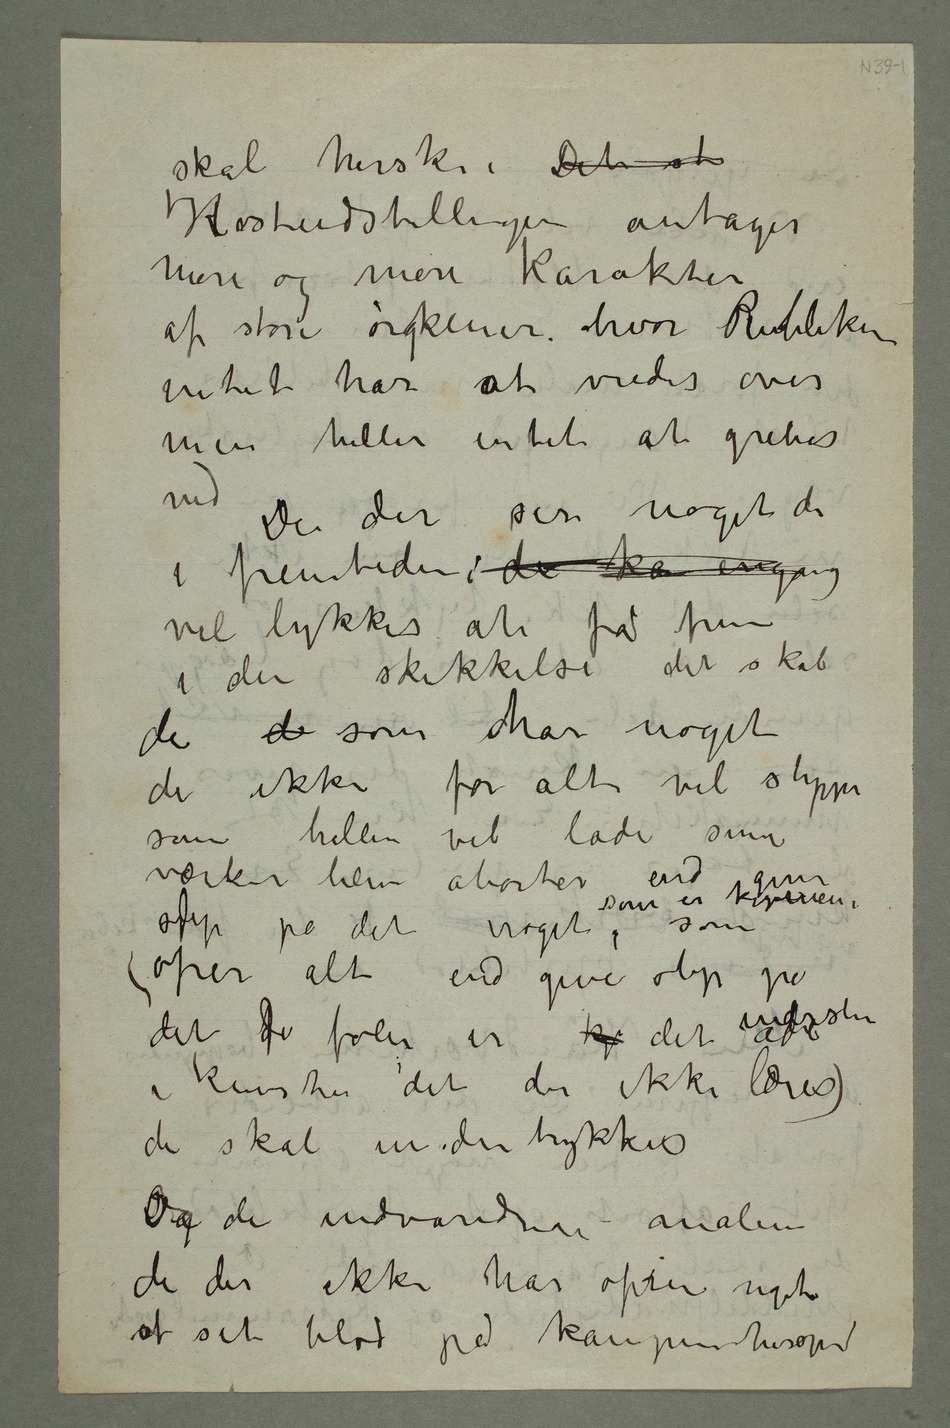
skal herske. Det st
Høstudstillingen antager
mere og mere karakter
af store ørgkener hvor Publikum
intet har at vredes over
men heller intet at gribes
ved De der ser noget de
i fremtiden; de kan engang
vil lykkes at få frem
i den skikkelse det skal
de de som har noget
de ikke for alt vil slippe
som heller vil lade sine
værker blive aborter end give
slip på det noget, som er
ofrer alt end give slip på
det fde føler er ku det inderste
i kunsten det der ikke læres)
de skal undertrykkes
Og de invandrede malere
de der ikke har ofret noget